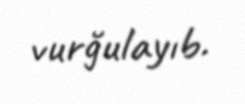
vurğulayıb.